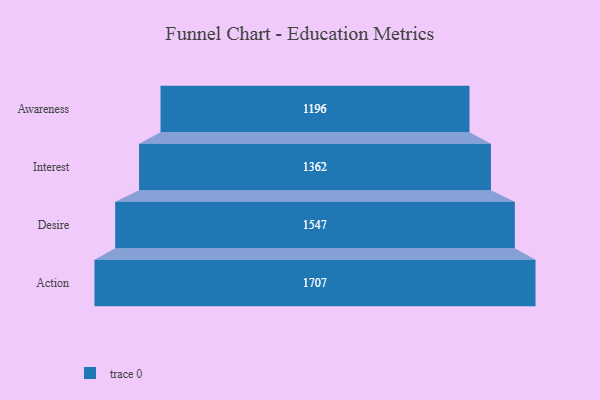
{"axis": {"x": "Stage", "y": "Value"}, "legend": [""], "data": [{"x": "Awareness", "y": 1196.0, "type": ""}, {"x": "Interest", "y": 1362.0, "type": ""}, {"x": "Desire", "y": 1547.0, "type": ""}, {"x": "Action", "y": 1707.0, "type": ""}]}